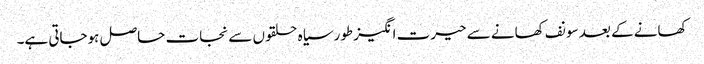
کھانے کے بعد سونف کھانے سے حیرت انگیز طورسیاہ حلقوں سے نجات حاصل ہوجاتی ہے۔